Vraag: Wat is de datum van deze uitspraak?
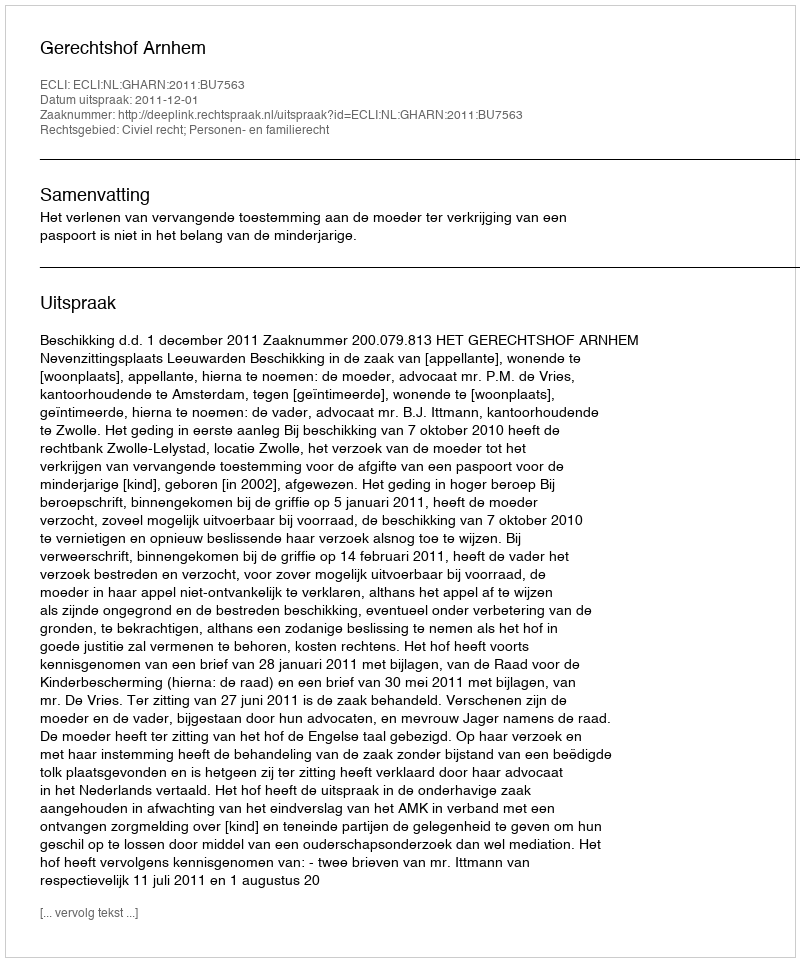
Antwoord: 2011-12-01